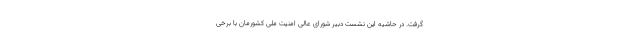
گرفت. در حاشیه این نشست دبیر شورای عالی امنیت ملی کشورمان با برخی